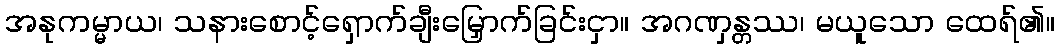
အနုကမ္မာယ၊ သနားစောင့်ရှောက်ချီးမြှောက်ခြင်းငှာ။ အဂဏှန္တဿ၊ မယူသော ထေရ်၏။